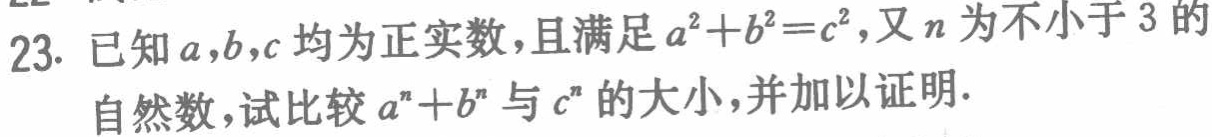
已知\(a,b,c\)均为正实数，且满足\(a^{2}+b^{2}=c^{2}\)，又\(n\)为不小于\(3\)的自然数，试比较\(a^{n}+b^{n}\)与\(c^{n}\)的大小，并加以证明.